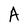
Character: A